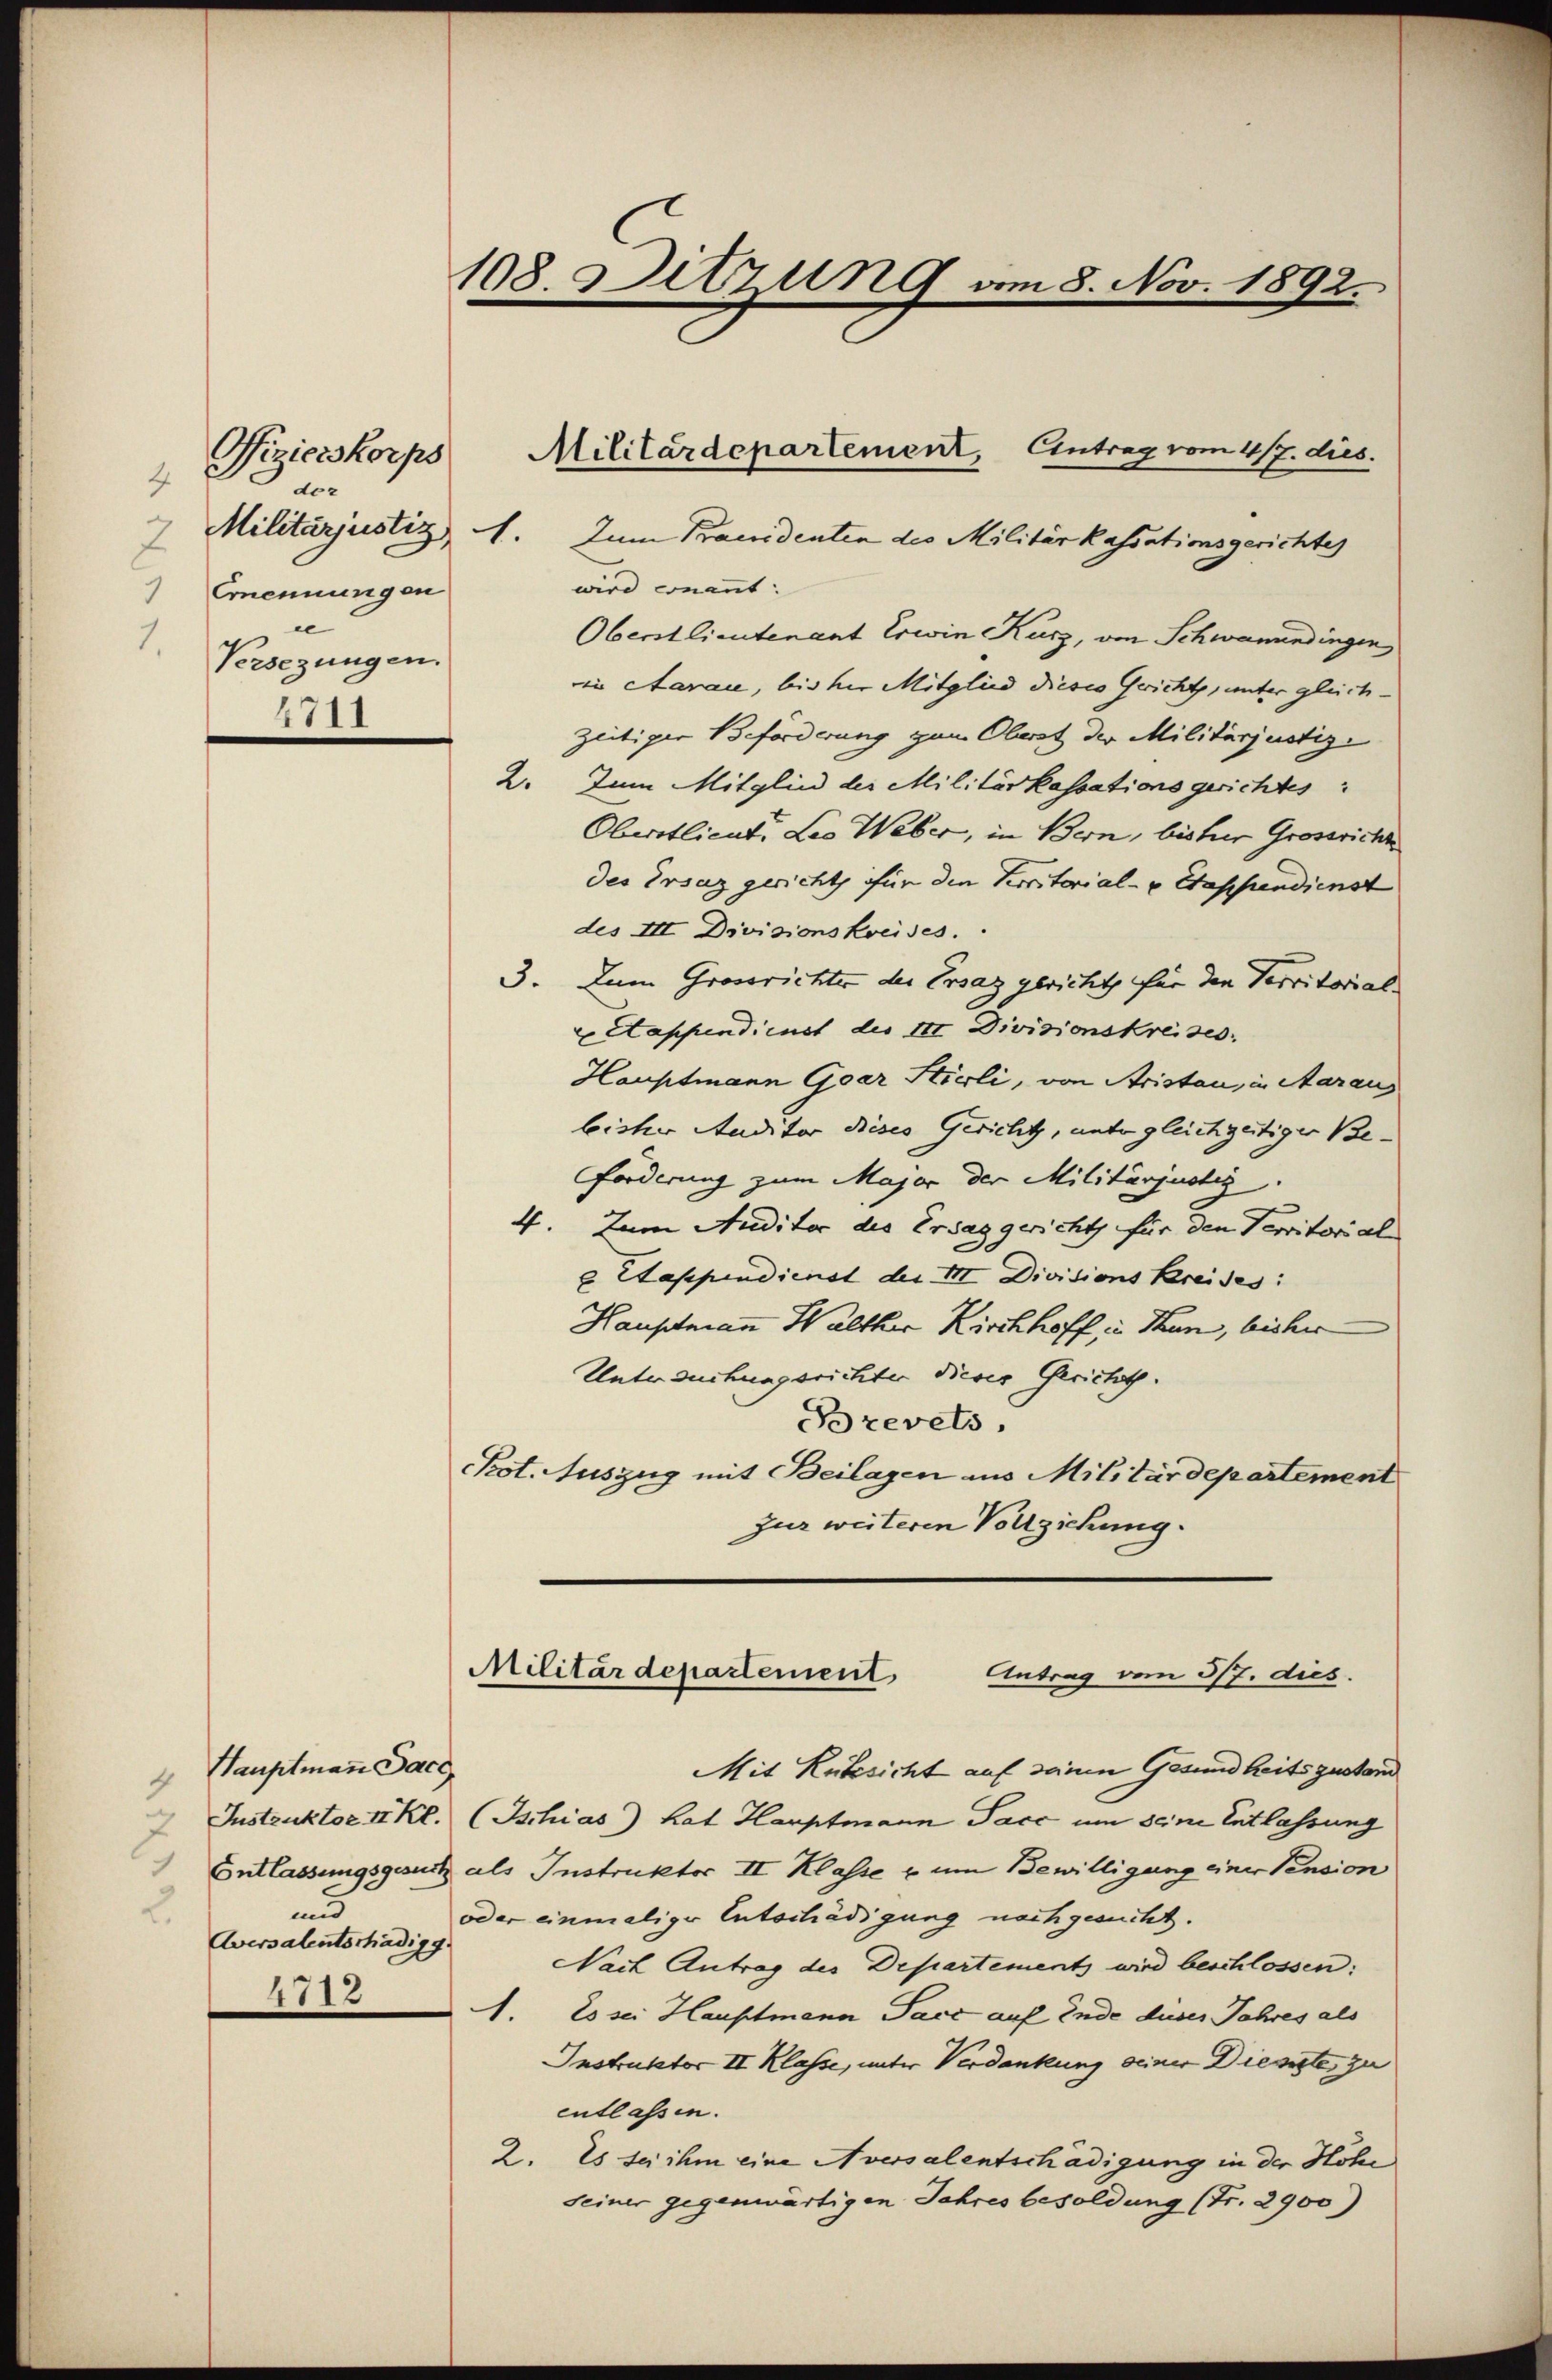
Vizierskorps
4
der
2 Militarjustiz 1.
Ernennungen
2
e
1. Versezungen.
4711

4 Hauptmann Sacc
und
2
Aversalentschädigg.
4713

108. Sitzung am 8. Nov. 1892.

Zum Pracidenten des Militär kassationsgerichtes
wird conant:
Oberstlieutenant Erwin Kurz, von Schwanendingen
in carace, bis her Mitglied dieses Gericht, unter gleich-
zeitiger Beförderung zum Oberst der Militarjustiz-
2. Zum Mitglied der Militärkassationsgerichtes
Oberstlieut. Leo Weber, in Bern, bisher Grossricht
des Ersaz gericht für die Perritorial- u Etappendienst
des III Divisionskreises.
3. Zum Grossrichter der Ersaz gericht, für den Verritorial-
petappendienst des III Divisionskreises,
Hauptmann Gar Stierli, von Aristen, in Aaraus
bisher Studitor dieses Gericht, unter gleichzeitiger Be-
Forderung zum Major der Militärjustig.
4. Zum Auditor des Ersaggerichts für den Verritorial
 Etappendienst der III Divisions Kreises:
Hauptmann Walther Kirchhoff in Thun, bisher
Untersuchungsrichter dieses Gericht.
Brevets,
Pot. Auszug mit Beilagen aus Militärdepartement
zur weiteren Vollziehung.
Militärdepartement. Antrag vom 3/7. dies.
Mit Rüksicht auf seine Gesundheitszustand
 Instruktor II Kl. (Ischias) hat Hauptmann Pacc um seine Entlassung
Entlassungsgesetz als Instruktor II Klasse u um Bewilligung einer Pension
oder einmaliger Entschädigung nachgesucht.
Nach Antrag des Departements wird beschlossen:
1.
Es sei Hauptmann Pace auf Ende dieses Jahres als
Instruktor II Klasse, unter Verdankung seiner Diesiste, zu
entlassen.
2. Es sei ihm eine Aversalentschädigung in der Höhe
seiner gegenwärtigen Jahres besoldung (Fr. 2900)

Militärdepartement, Eintrag vom 4/7. dies.